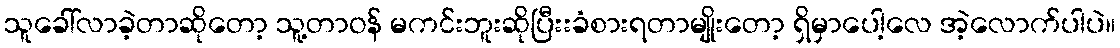
သူခေါ်လာခဲ့တာဆိုတော့ သူ့တာဝန် မကင်းဘူးဆိုပြီးးခံစားရတာမျိုးတော့ ရှိမှာပေါ့လေ အဲ့လောက်ပါပဲ။